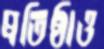
প্রতিষ্ঠাও